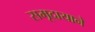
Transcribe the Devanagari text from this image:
समूदायाने